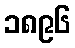
၁၈၉၆